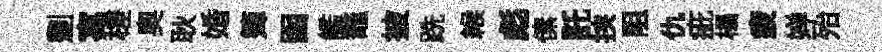
劃寓槎奥耿婚𥱼函艦鼇披跣緱彪傃託挟阻仇疵榻疲婵殆